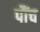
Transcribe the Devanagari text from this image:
पौंच